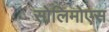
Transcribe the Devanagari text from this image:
सोलिमोएस